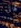
لها